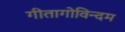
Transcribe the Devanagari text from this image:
गीतागोविन्दम